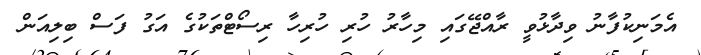
އެމަނިކުފާނު ވިދާޅުވީ ރާއްޖޭގައި މިހާރު ހުރި ހުރިހާ ރިސޯޓްތަކުގެ އަގު ފަސް ބިލިއަން